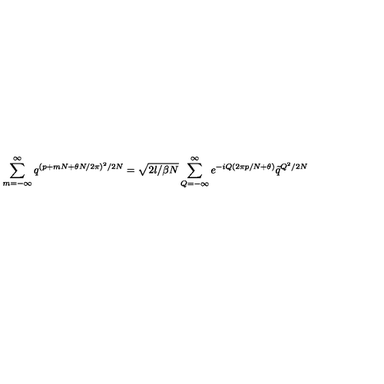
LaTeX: \sum _ { m = - \infty } ^ { \infty } q ^ { ( p + m N + \theta N / 2 \pi ) ^ { 2 } / 2 N } = \sqrt { 2 l / \beta N } \sum _ { Q = - \infty } ^ { \infty } e ^ { - i Q ( 2 \pi p / N + \theta ) } \tilde { q } ^ { Q ^ { 2 } / 2 N }